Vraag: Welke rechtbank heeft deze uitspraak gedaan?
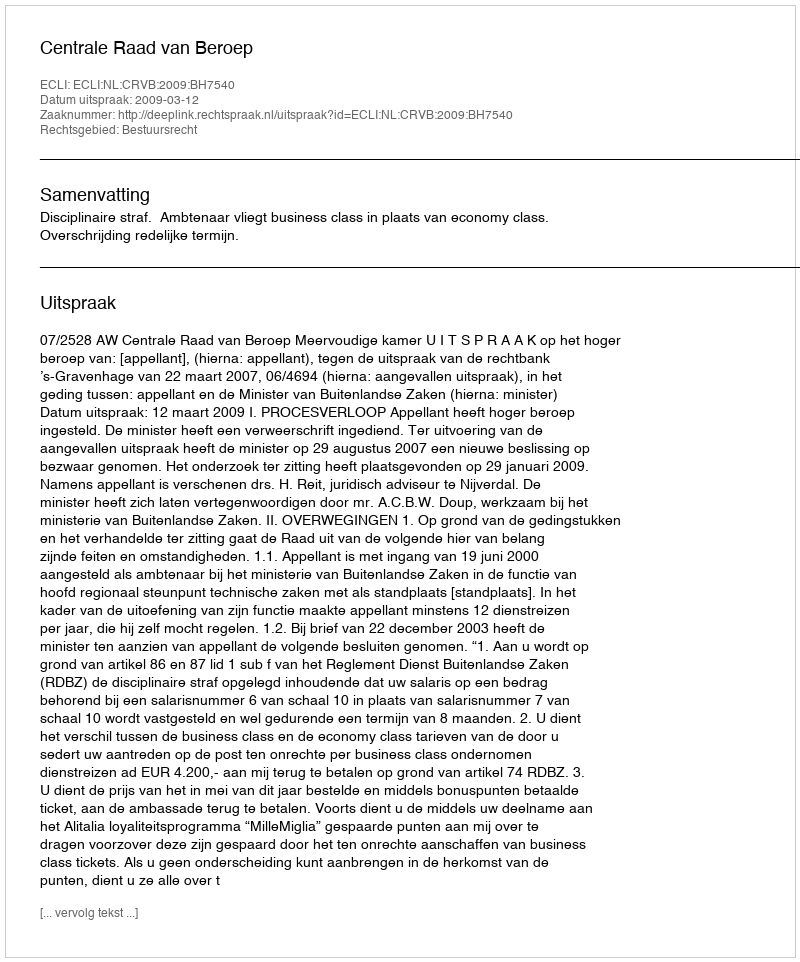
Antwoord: Centrale Raad van Beroep